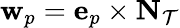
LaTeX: \textbf{w}_{p}=\textbf{e}_{p}\times\textbf{N}_{\mathcal{T}}